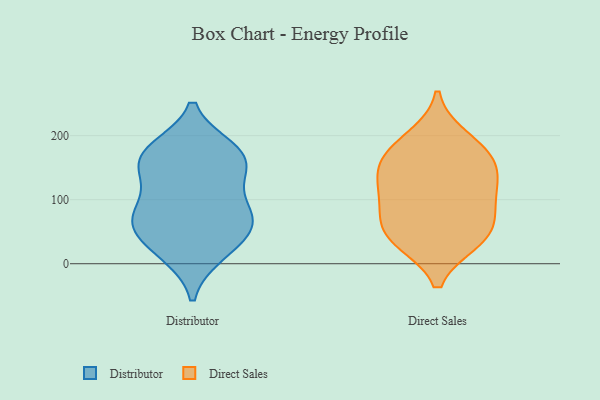
{"axis": {"x": "Customer Acquisition Cost (USD)", "y": "Value"}, "legend": ["Direct Sales", "Distributor"], "data": [{"x": "", "y": 58, "type": "Distributor"}, {"x": "", "y": 142, "type": "Distributor"}, {"x": "", "y": 132, "type": "Distributor"}, {"x": "", "y": 14, "type": "Distributor"}, {"x": "", "y": 42, "type": "Distributor"}, {"x": "", "y": 152, "type": "Distributor"}, {"x": "", "y": 174, "type": "Distributor"}, {"x": "", "y": 15, "type": "Distributor"}, {"x": "", "y": 66, "type": "Distributor"}, {"x": "", "y": 87, "type": "Distributor"}, {"x": "", "y": 164, "type": "Distributor"}, {"x": "", "y": 75, "type": "Distributor"}, {"x": "", "y": 89, "type": "Distributor"}, {"x": "", "y": 180, "type": "Distributor"}, {"x": "", "y": 180, "type": "Distributor"}, {"x": "", "y": 57, "type": "Distributor"}, {"x": "", "y": 36, "type": "Direct Sales"}, {"x": "", "y": 159, "type": "Direct Sales"}, {"x": "", "y": 129, "type": "Direct Sales"}, {"x": "", "y": 91, "type": "Direct Sales"}, {"x": "", "y": 160, "type": "Direct Sales"}, {"x": "", "y": 36, "type": "Direct Sales"}, {"x": "", "y": 196, "type": "Direct Sales"}, {"x": "", "y": 177, "type": "Direct Sales"}, {"x": "", "y": 126, "type": "Direct Sales"}, {"x": "", "y": 60, "type": "Direct Sales"}, {"x": "", "y": 99, "type": "Direct Sales"}, {"x": "", "y": 49, "type": "Direct Sales"}]}